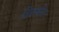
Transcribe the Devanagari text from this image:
विकर्षण।